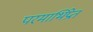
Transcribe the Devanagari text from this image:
परमाभिप्रेत